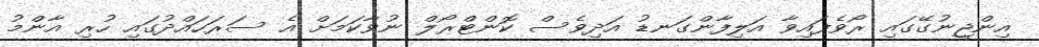
އިންޖީނުގޭގައި ރޯވެފައިވާ އަލިފާންގަނޑު އަދިވެސް ކޮންޓްރޯލް ނުވާކަމަށް އެ ސަރަހައްދުގައި ހުރި އާންމު